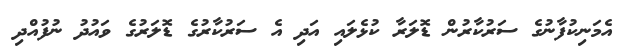
އެމަނިކުފާނުގެ ސަރުކާރުން ޑޮލަރާ ކުޅެލައި އަދި އެ ސަރުކާރުގެ ޑޮލަރުގެ ވައުދު ނުފުއްދި